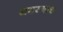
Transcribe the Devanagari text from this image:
समस्याच